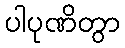
ပါပုဏိတွာ